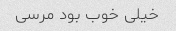
خیلی خوب بود مرسی